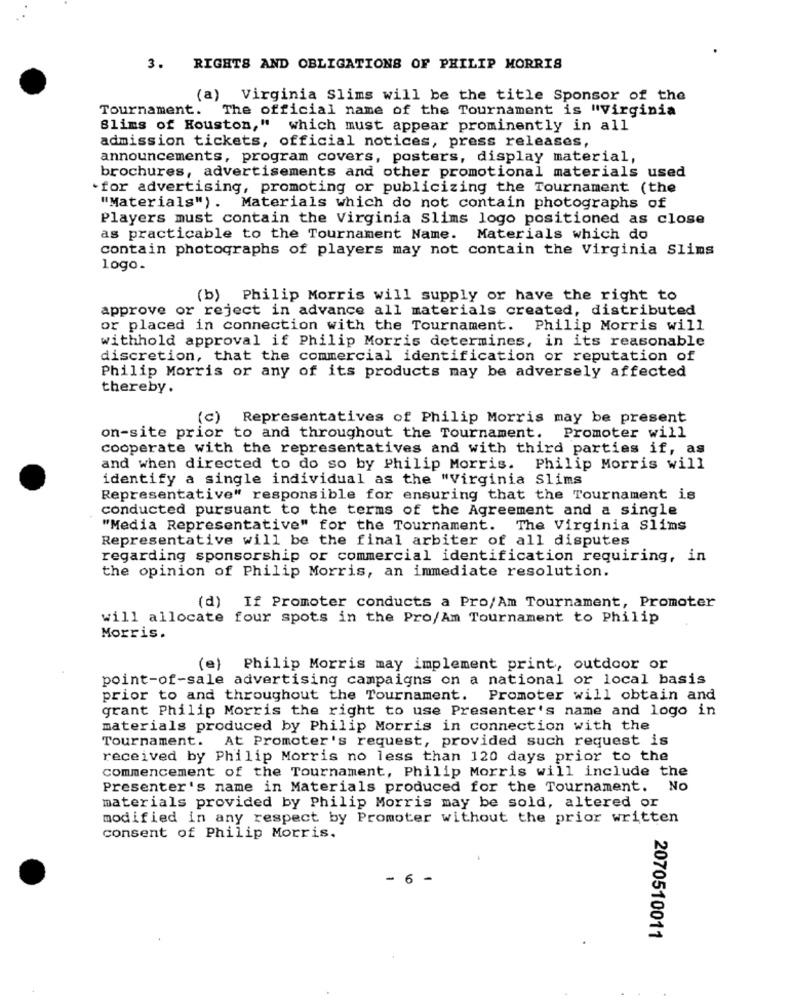
3. RIGHTS AND OBLIGATIONS OF PHILIP MORRIS
(a) Virginia Slims will be the title Sponsor of the
Tournament. The official name of the Tournament is "Virginia
Slims of Houston," which must appear prominently in all
admission tickets, official notices, press releases,
announcements, program covers, posters, display material,
brochures, advertisements and other promotional materials used
`for advertising, promoting or publicizing the Tournament (the
"Materials") . Materials which do not contain photographs of
Players must contain the Virginia Slims logo positioned as close
as practicable to the Tournament Name. Materials which do
contain photographs of players may not contain the Virginia Slims
logo.
(b) Philip Morris will supply or have the right to
approve or reject in advance all materials created, distributed
or placed in connection with the Tournament. Philip Morris will
withhold approval if Philip Morris determines, in its reasonable
discretion, that the commercial identification or reputation of
Philip Morris or any of its products may be adversely affected
thereby.
(c) Representatives of Philip Morris may be present
on-site prior to and throughout the Tournament. Promoter will
cooperate with the representatives and with third parties if, as
and when directed to do so by Philip Morris. Philip Morris will
identify a single individual as the "Virginia Slims
Representative" responsible for ensuring that the Tournament is
conducted pursuant to the terms of the Agreement and a single
"Media Representative" for the Tournament. The Virginia Slims
Representative will be the final arbiter of all disputes
regarding sponsorship or commercial identification requiring, in
the opinion of Philip Morris, an immediate resolution.
(d) If Promoter conducts a Pro/Am Tournament, Promoter
will allocate four spots in the Pro/Am Tournament to Philip
Morris.
(e) Philip Morris may implement print, outdoor or
point-of-sale advertising campaigns on a national or local basis
prior to and throughout the Tournament. Promoter will obtain and
grant Philip Morris the right to use Presenter's name and logo in
materials produced by Philip Morris in connection with the
Tournament. At Promoter's request, provided such request is
received by Philip Morris no less than 120 days prior to the
commencement of the Tournament, Philip Morris will include the
Presenter's name in Materials produced for the Tournament. No
materials provided by Philip Morris may be sold, altered or
modified in any respect by Promoter without the prior written
consent of Philip Morris.
- 6 -
2070510011